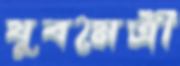
যুবমৈত্রী